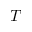
T